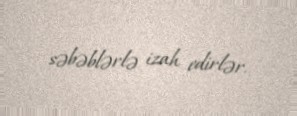
səbəblərlə izah edirlər.